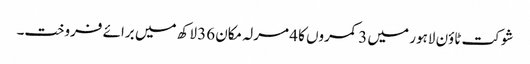
شوکت ٹاؤن لاہور میں 3 کمروں کا 4 مرلہ مکان 36 لاکھ میں برائے فروخت۔